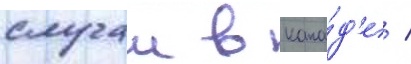
случаи в кана́д'е /